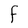
Character: F